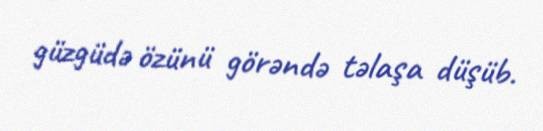
güzgüdə özünü görəndə təlaşa düşüb.